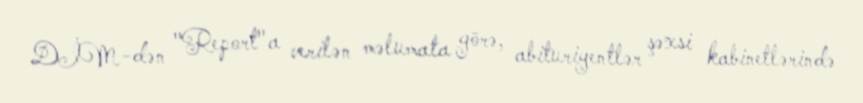
DİM-dən "Report"a verilən məlumata görə, abituriyentlər şəxsi kabinetlərində